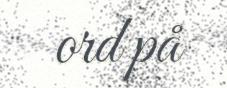
ord på